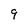
Character: 9